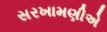
સરખામણીએ